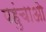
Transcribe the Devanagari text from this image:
पहुंचाओ